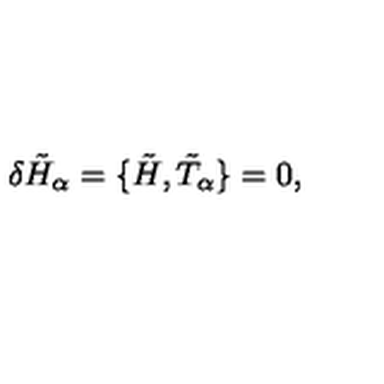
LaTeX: \delta { \tilde { H } } _ { \alpha } = \lbrace \tilde { H } , { \tilde { T } } _ { \alpha } \rbrace = 0 ,